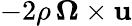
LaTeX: -2\rho\, \mathbf{\Omega}\times\mathbf{u}